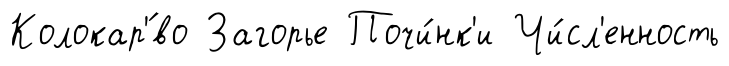
Колокар'́во Загорье Почи́нк'и Чи́сл'енность